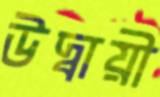
উদ্বায়ী